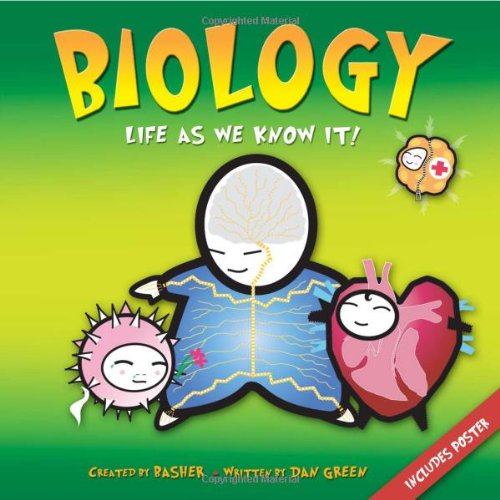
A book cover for Biology: Life as We Know It!; Dan Green; Children's Books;